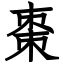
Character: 棗